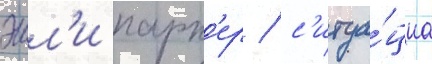
эшл'и парк'ер / с'итуа́циа